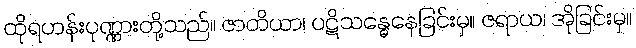
ထိုရဟန်းပုဏ္ဏားတို့သည်။ ဇာတိယာ၊ ပဋိသန္ဓေနေခြင်းမှ။ ဇရာယ၊ အိုခြင်းမှ။